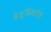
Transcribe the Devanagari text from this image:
वैश्विकतेचे